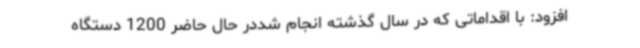
افزود: با اقداماتی که در سال گذشته انجام شددر حال حاضر 1200 دستگاه